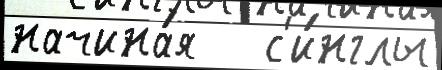
начина́я   с'и́нглы